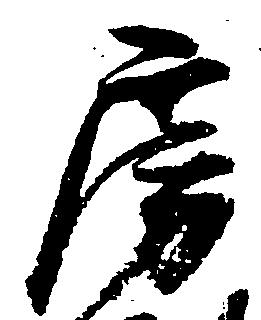
房